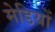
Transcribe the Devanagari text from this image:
मेडियों